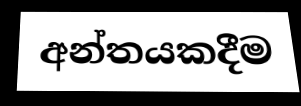
අන්තයකදීම